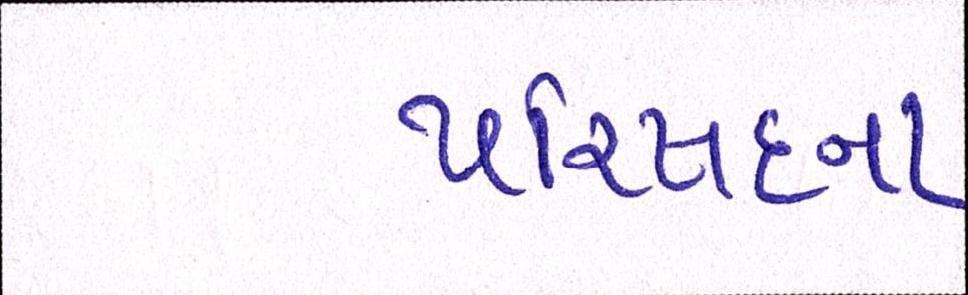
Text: પરિષદના